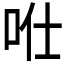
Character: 𠱊